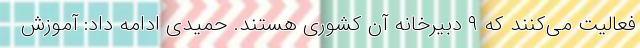
فعالیت می‌کنند که ٩ دبیرخانه آن کشوری هستند. حمیدی ادامه داد: آموزش